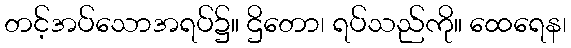
တင့်အပ်သောအရပ်၌။ ဌိတော၊ ရပ်သည်ကို။ ထေရေန၊